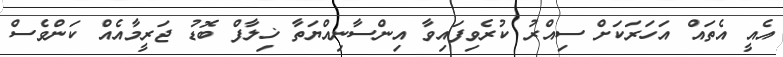
އެއީ އެތައް އަހަރަކަށް ސިއްރު ކުރެވިފައިވާ އިންސާނިއްޔަތާ ޚިލާފް ބޮޑު ޖަރީމާއެއް ކަންވެސް